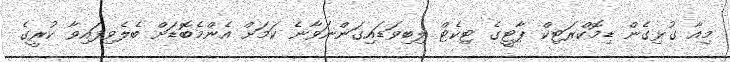
މިއާ ގުޅިގެން ޑިމޮކްރަޓިކް ޕާޓީގެ ޓިކެޓް ލިބިވަޑައިގަންނަވާނެ ކަމަށް އެންމެބޮޑަށް ބެލެވިފައިވާ ކުރީގެ